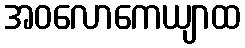
အဝလောကေယျာထ